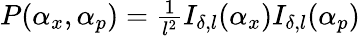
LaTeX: \begin{array}{r}{P(\alpha_{x},\alpha_{p})=\frac{1}{l^{2}}I_{\delta,l}(\alpha_{x})I_{\delta,l}(\alpha_{p})}\end{array}